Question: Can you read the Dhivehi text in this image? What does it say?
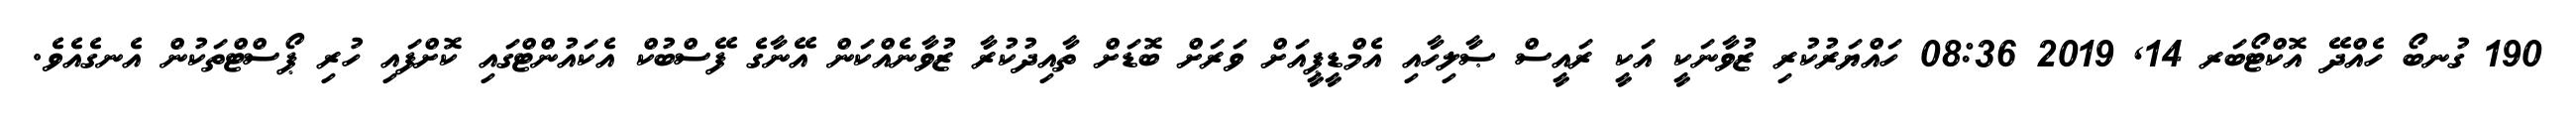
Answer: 190 ގުނބޯ ހެއްދޭ އޮކްޓޯބަރ 14, 2019 08:36 ހައްޔަރުކުރި ޒުވާނަކީ އަކީ ރައީސް ޞާލިހާއި އެމްޑީޕީއަށް ވަރަށް ބޮޑަށް ތާއިދުކުރާ ޒުވާނެއްކަން އޭނާގެ ފޭސްބުކް އެކައުންޓްގައި ކޮށްފައި ހުރި ޕޯސްޓްތަކުން އެނގެއެވެ.